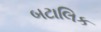
બટાલિક